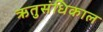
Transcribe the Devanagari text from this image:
ऋतुसंधिकाल